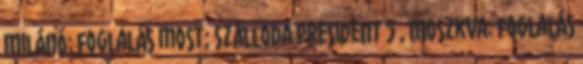
Milánó: foglalás most; Szálloda President 5 , Moszkva: foglalás